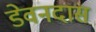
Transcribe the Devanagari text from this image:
डेवनदास